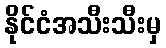
နိုင်ငံအသီးသီးမှ